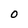
Character: o